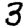
Digit: 3